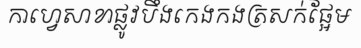
កាហ្វេសាខាផ្លូវបឹងកេងកងត្រសក់ផ្អែម